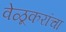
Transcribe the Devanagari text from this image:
वेळूकरांचा